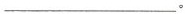
___。